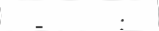
-      :